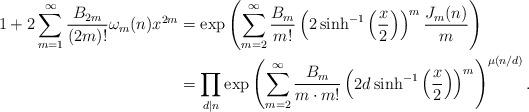
LaTeX: \begin{align*}1 + 2 \sum_{m=1}^\infty \frac{B_{2m}}{(2m)!} \omega_m(n) x^{2m} &= \exp \left( \sum_{m=2}^\infty \frac{B_m}{m!} \left(2 \sinh^{-1} \left(\frac{x}{2}\right)\right)^m \frac{J_m(n)}{m} \right)\\&= \prod_{d \mid n} \exp \left(\sum_{m=2}^\infty \frac{B_m}{m \cdot m!} \left(2d \sinh^{-1} \left(\frac{x}{2}\right) \right)^m \right)^{\mu(n/d)}.\end{align*}